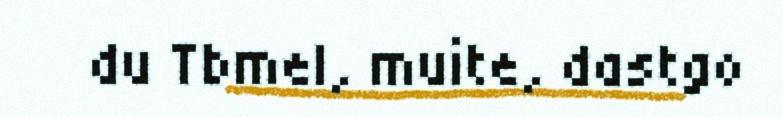
du Tbmel, muite, dastgo